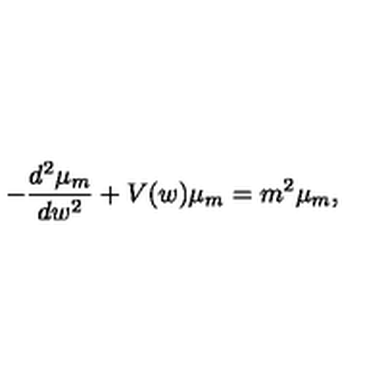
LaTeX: - \frac { d ^ { 2 } \mu _ { m } } { d w ^ { 2 } } + V ( w ) \mu _ { m } = m ^ { 2 } \mu _ { m } ,